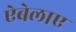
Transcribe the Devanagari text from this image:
ऐबेलाए